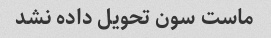
ماست سون تحویل داده نشد